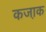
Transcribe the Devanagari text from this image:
कजा़क